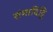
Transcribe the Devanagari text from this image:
संमादिट्ठि